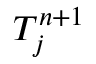
T _ { j } ^ { n + 1 }